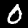
Label: 0